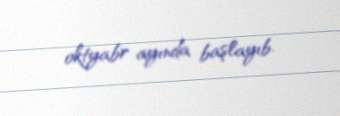
oktyabr ayında başlayıb.